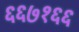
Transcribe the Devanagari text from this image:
६६७१६६